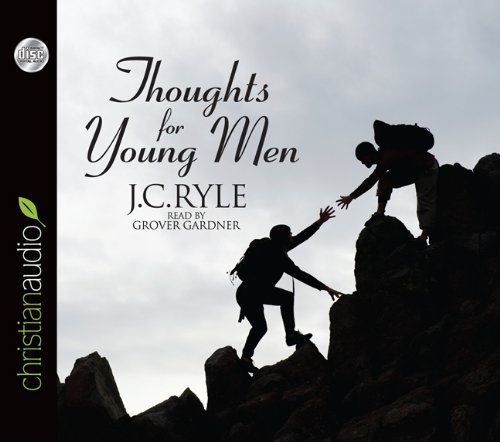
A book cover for Thoughts for Young Men; J.C. Ryle; Teen & Young Adult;